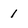
Character: 1